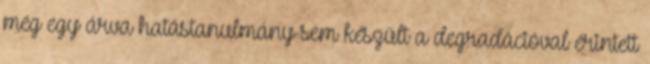
még egy árva hatástanulmány sem készült a degradációval érintett